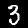
Digit: 3